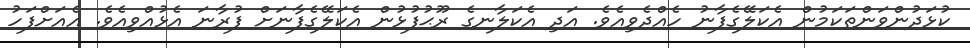
ކުޅަދުންވަންތަކަމުން އެކަލޭގެފާނު ހެއްދެވިއެވެ. އަދި އެކަލާނގެ ރޫޙުފުޅުން އެކަލޭގެފާނަށް ފުރާނަ އެޅުއްވިއެވެ. އެއަށްފަހު